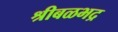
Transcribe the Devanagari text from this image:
श्रीबळभद्र